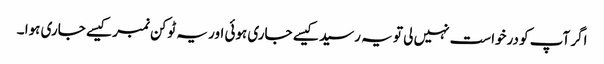
اگر آپ کو درخواست نہیں لی تو یہ رسید کیسے جاری ہوئی اور یہ ٹوکن نمبر کیسے جاری ہوا ۔